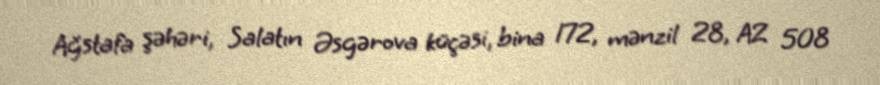
Ağstafa şəhəri, Salatın Əsgərova küçəsi, bina 172, mənzil 28, AZ 508